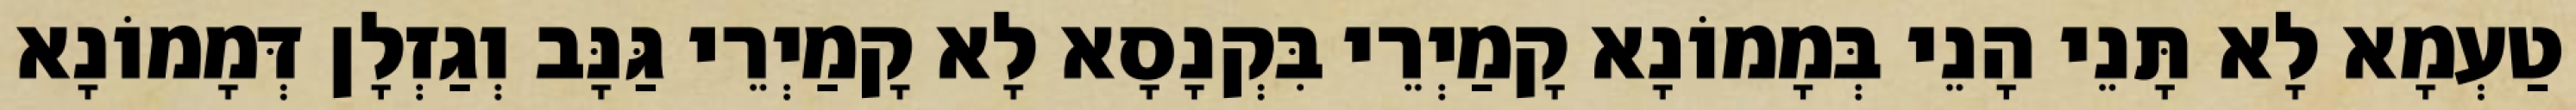
טַעְמָא לָא תָּנֵי הָנֵי בְּמָמוֹנָא קָמַיְרֵי בִּקְנָסָא לָא קָמַיְרֵי גַּנָּב וְגַזְלָן דְּמָמוֹנָא